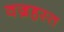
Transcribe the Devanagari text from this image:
वज्रहस्त